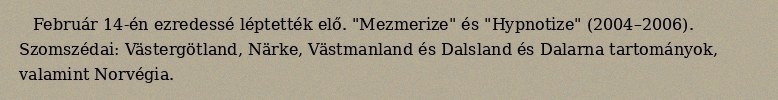
Február 14-én ezredessé léptették elő. "Mezmerize" és "Hypnotize" (2004–2006). Szomszédai: Västergötland, Närke, Västmanland és Dalsland és Dalarna tartományok, valamint Norvégia.